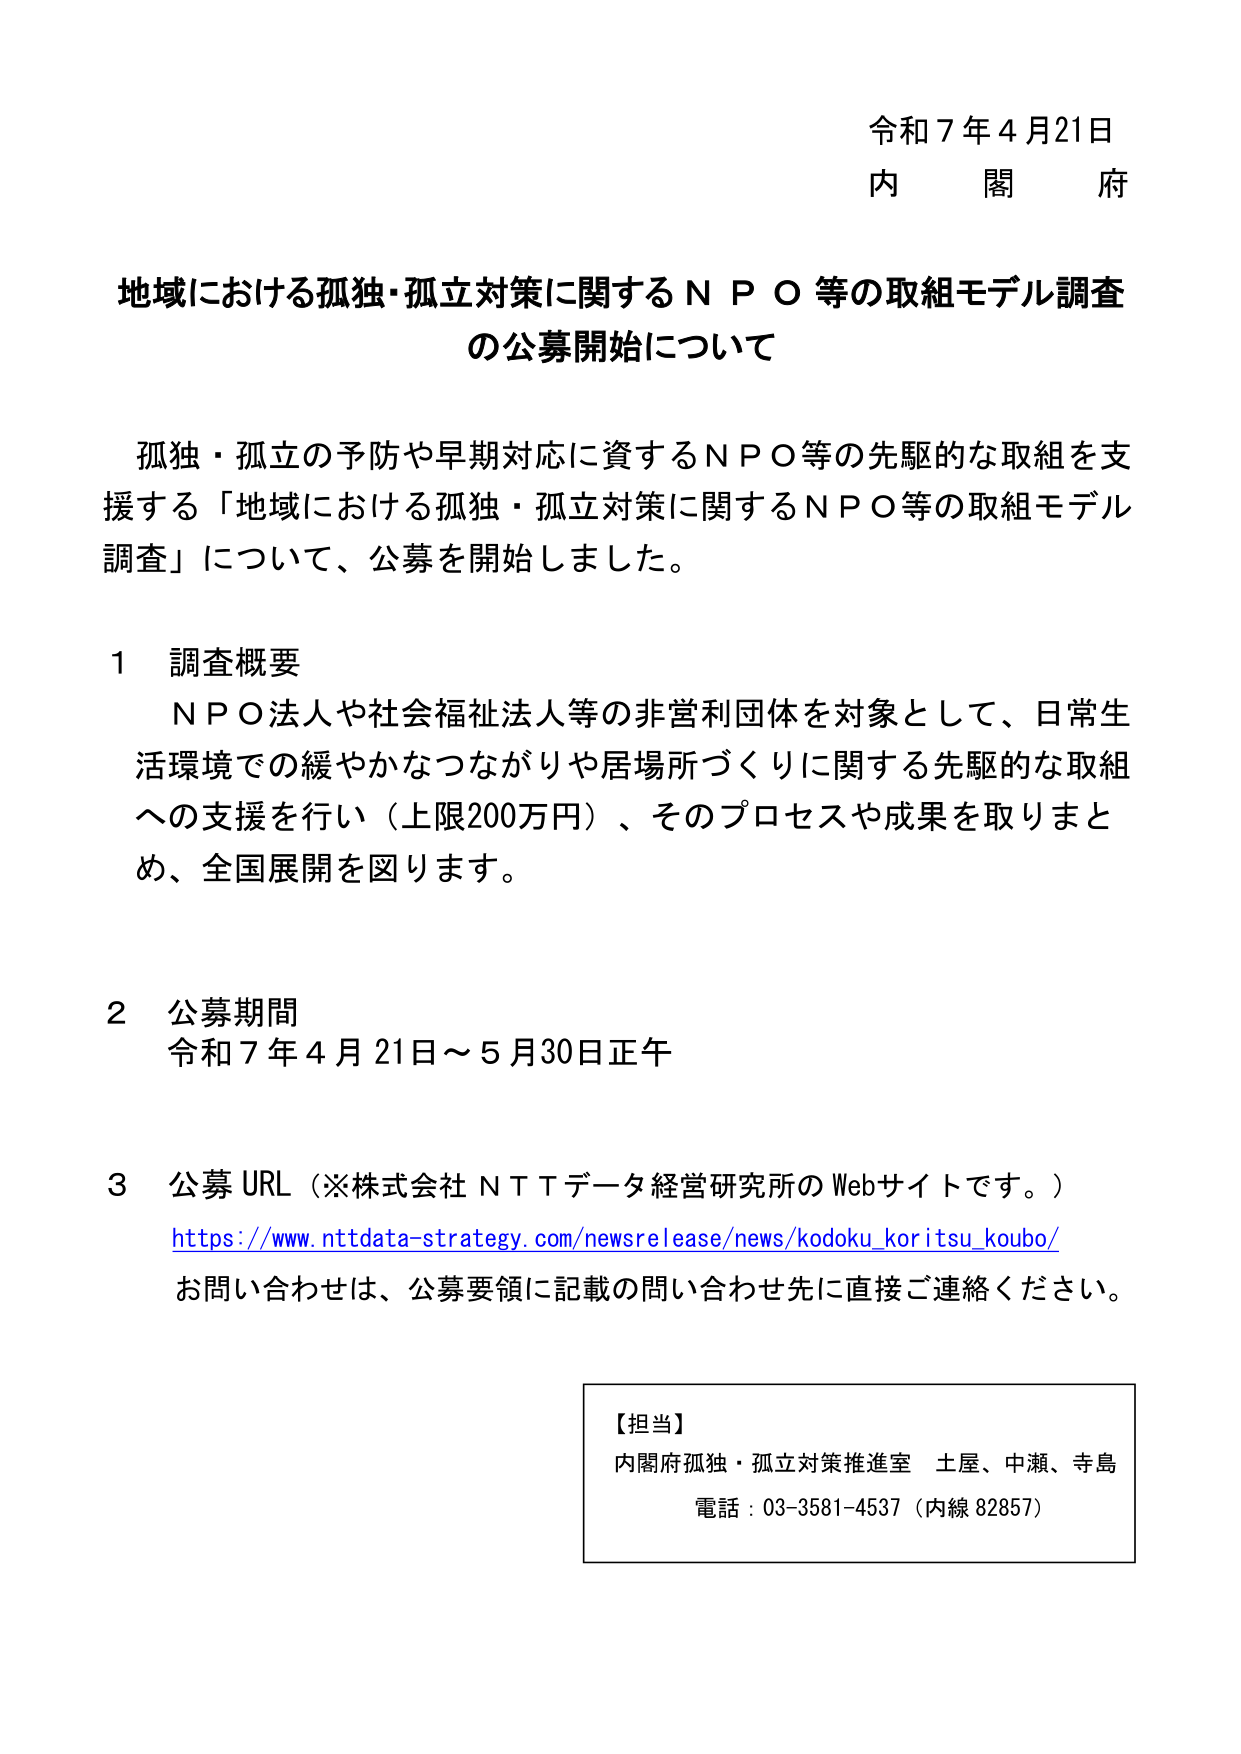
令和７年４月21日
内　閣　府

地域における孤独・孤立対策に関するＮＰＯ等の取組モデル調査
の公募開始について

孤独・孤立の予防や早期対応に資するＮＰＯ等の先駆的な取組を支援する「地域における孤独・孤立対策に関するＮＰＯ等の取組モデル調査」について、公募を開始しました。

１　調査概要
　ＮＰＯ法人や社会福祉法人等の非営利団体を対象として、日常生活環境での緩やかなつながりや居場所づくりに関する先駆的な取組への支援を行い（上限200万円）、そのプロセスや成果を取りまとめ、全国展開を図ります。

２　公募期間
　令和７年４月21日～５月30日正午

３　公募URL（※株式会社ＮＴＴデータ経営研究所のWebサイトです。）
https://www.nttdata-strategy.com/newsrelease/news/kodoku_koritsu_koubo/
お問い合わせは、公募要領に記載の問い合わせ先に直接ご連絡ください。

【担当】
内閣府孤独・孤立対策推進室　土屋、中瀬、寺島
電話：03-3581-4537（内線82857）